Annual administration report of the Civil Veterinary Department of India - 1897-1898
Year: 1897
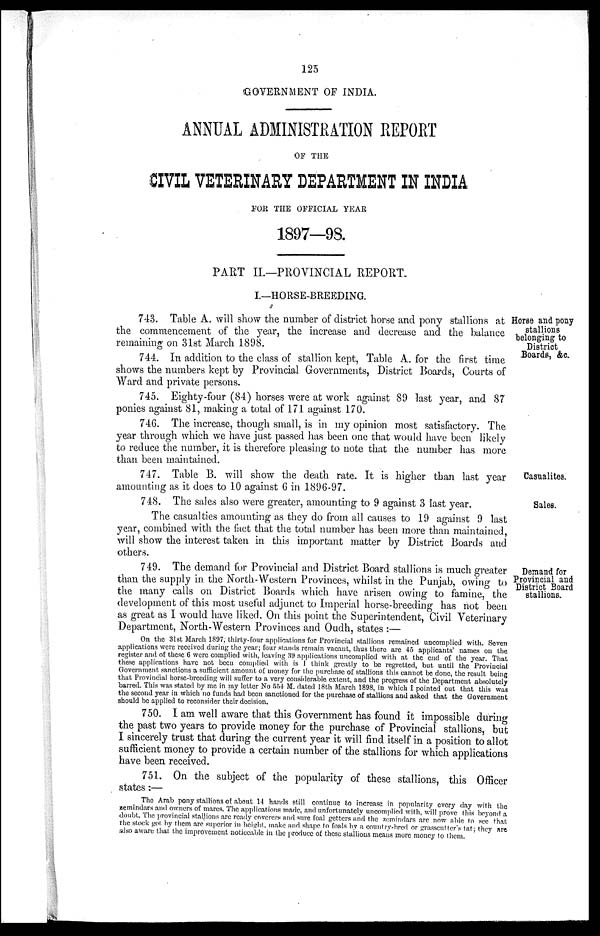
125
GOVERNMENT OF INDIA.
ANNUAL ADMINISTRATION REPORT
OF THE
CIVIL VETERINARY DEPARTMENT IN INDIA
FOR THE OFFICIAL YEAR
1897—98.
PART II—PROVINCIAL REPORT.
I.—HORSE BREEDING.
Horse and pony
stallions
belonging to
District
Boards, &c.
743. Table A. will show the number of district horse and pony stallions at
the commencement of the year, the increase and decrease and the balance
remaining on 31st March 1898.
744. In addition to the class of stallion kept, Table A. for the first time
shows the numbers kept by Provincial Governments, District Boards, Courts of
Ward and private persons.
745. Eighty-four (84) horses were at work against 89 last year, and 87
ponies against 81, making a total of 171 against 170.
746. The increase, though small, is in my opinion most satisfactory. The
year through which we have just passed has been one that would have been likely
to reduce the number, it is therefore pleasing to note that the number has more
than been maintained.
Casualites.
747. Table B. will show the death rate. It is higher than last year
amounting as it does to 10 against 6 in 1896-97.
Sales.
748. The sales also were greater, amounting to 9 against 3 last year.
The casualties amounting as they do from all causes to 19 against 9 last
year, combined with the fact that the total number has been more than maintained,
will show the interest taken in this important matter by District Boards and
others.
Demand for
Provincial and
District Board
stallions.
749. The demand for Provincial and District Board stallions is much greater
than the supply in the North-Western Provinces, whilst in the Punjab, owing to
the many calls on District Boards which have arisen owing to famine, the
development of this most useful adjunct to Imperial horse-breeding has not been
as great as I would have liked. On this point the Superintendent, Civil Veterinary
Department, North-Western Provinces and Oudh, states :—
On the 31st March 1897, thirty-four applications for Provincial stallions remained uncomplied with. Seven
applications were received during the year; four stands remain vacant, thus there are 45 applicants' names on the
register and of these 6 were complied with, leaving 39 applications uncomplied with at the end of the year. That
these applications have not been complied with is J think greatly to be regretted, but until the Provincial
Government sanctions a sufficient amount of money for the purchase of stallions this cannot be done, the result being
that Provincial horse-breeding will suffer to a very considerable extent, and the progress of the Department absolutely
barred. This was stated by me in my letter No 554 M. dated 18th March 1898, in which I pointed out that this was
the second year in which no funds had been sanctioned for the purchase of stallions and asked that the Government
should be applied to reconsider their decision.
750. I am well aware that this Government has found it impossible during
the past two years to provide money for the purchase of Provincial stallions, but
I sincerely trust that during the current year it will find itself in a position to allot
sufficient money to provide a certain number of the stallions for which applications
have been received.
751. On the subject of the popularity of these stallions, this Officer
states:—
The Arab pony stallions of about 14 hands still continue to increase in popularity every day with the
zemindars and owners of mares. The applications made, and unfortunately uncomplied with, will prove this beyond a
doubt. The provincial stallions are ready coverers and sure foal getters and the zemindars are now ,able to see that
the stock got by them are superior in height. make and shape to foals by a country-bred or grasscutter's tat; they are
also aware that the improvement noticeable in the produce of these stallions means more money to them.